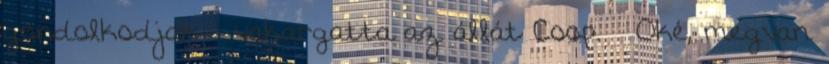
gondolkodjak – vakargatta az állát Coop. – Oké, megvan.